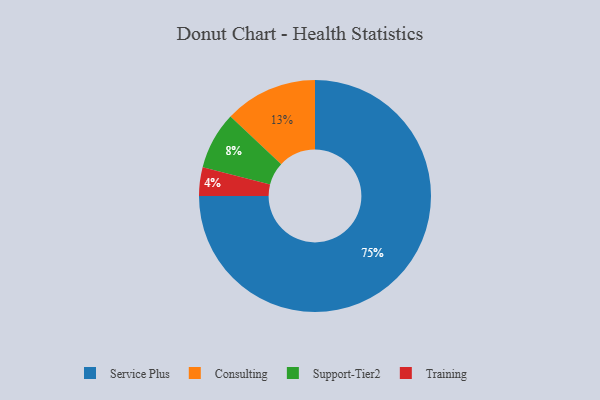
{"axis": {"x": "Category", "y": "Percentage"}, "legend": ["Consulting", "Service Plus", "Support-Tier2", "Training"], "data": [{"x": "Service Plus", "y": 75, "type": "Service Plus"}, {"x": "Consulting", "y": 13, "type": "Consulting"}, {"x": "Training", "y": 4, "type": "Training"}, {"x": "Support-Tier2", "y": 8, "type": "Support-Tier2"}]}